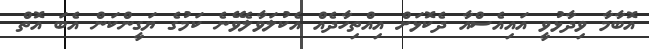
އޮބާމާ ވިދާޅުވީ އައިއެސްއާ ދެކޮޅަށް އިއްތިހާދެއް އެކުލަވާލެވޭނެ ކަމުގެ ޔަގީންކަން އެބަ އޮތް